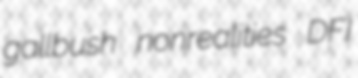
gallbush nonrealities DFI